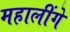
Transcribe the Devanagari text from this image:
महालींगे